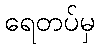
ရေတပ်မှ